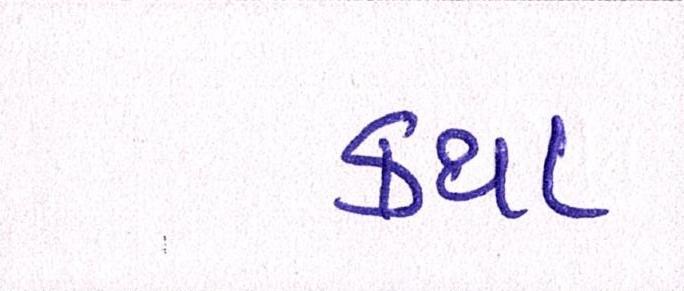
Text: કથા